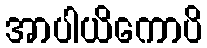
အာပါယိကောပိ